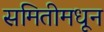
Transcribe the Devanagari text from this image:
समितीमधून